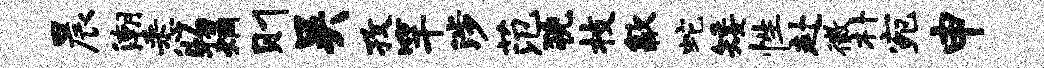
晨潮悉物炯则吴孜竿涉范猊枝歙蛇矮性赴徵朴宛申